King Institute of Preventive Medicine Micro-Biological Section reports 1909-11
Year: 1909
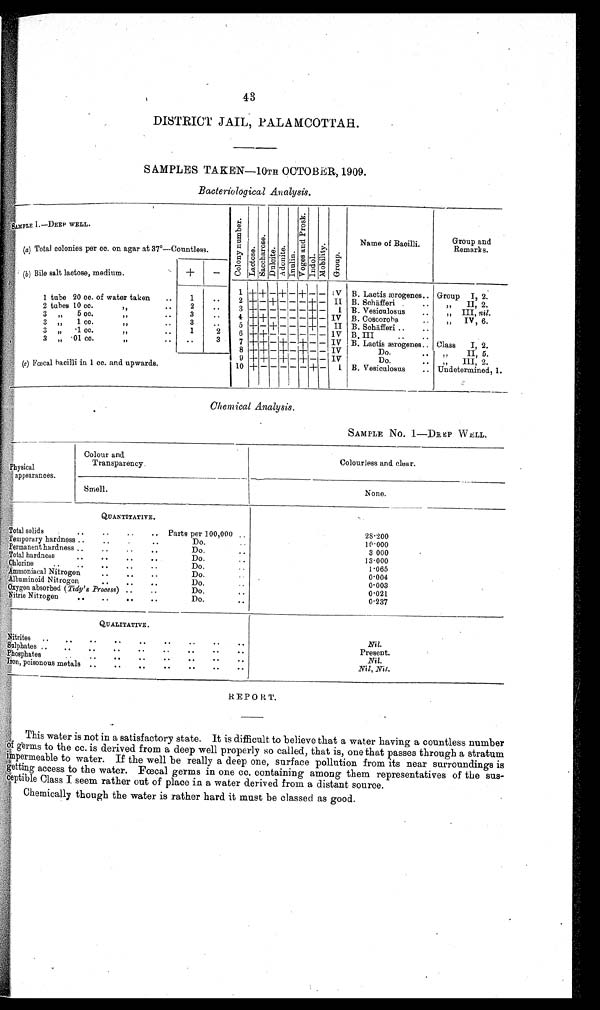
43
DISTRICT JAIL, PALAMCOTTAH.
SAMPLES TAKEN-10TH OCTOBER, 1909.
Bacteriological Analysis.
SAMPLE I.—DEEP WELL.
C o l o n y n u m b e r . L a c t o s e . S a c c h a r o s e . D u l c i t e . A d o n i t e . I nul i n. V o g e s a n d P r o s k . I n d o l .
M o b i l i t y . G r o u p .
Name of Bacilli.
Group and
Remarks.
(a) Total colonies per cc. on agar at 37°—
Countless.
(b) Bile salt lactose, medium.
+ —
1 +
+
— + — + — — IV B. Lactis ærogenes.. Group I, 2.
1 tube 20 cc. of water taken .. 1 • • 2 + — + — — — + — II B. Schäfferi ..
,, II, 2.
2 tubes 10 cc.
,,
.. 2 • • 3 + — — — — —
+ — I B. Vesiculosus • . „ III, nil.
3 „ 5 cc.
,,
.. 3 • •
4 + + — — — — + — IV B. Coscoroba.
, , I V , 6 .
3 „ 1 cc.
,,
, , 3 • • 5 +
—
+ — — — + — II B. Schäfferi.. ..
3 „ •
1 cc.
,,
.. 1
2 6 +
+
— — — — — —
I V B. III .. ..
3 , , • 01 cc.
,,
• • ..
3 7 + +
—
+ — + — — IV B. Lactis ærogenes.. Class I, 2.
8 + + — + — + — — IV
Do. • • ,, II, 5.
9 + + — + — + — — IV
Do.
III, 2.
(c) Fœcal bacilli in 1 cc. and upwards.
10 +
— —
I B. Vesieulosus ..
— — —
+ —
Undetermined, 1.
Chemical Analysis.
SAMPLE No. 1—DEEP WELL.
physical.
appearances.
Colour and
Transparency.
Colourless and clear.
Smell.
None.
QUANTITATIVE.
Total solids
_ ..
.. Parts per 100,000 ..
28·200
Temporary hardness .. ..
..
Do.
. .
10·000
Permanent hardness .. .. .. ..
Do. . .
3 000
Total hardness
..
. .
Do.
..
13·000
Chlorine .. •
•
Do.
. .
1·065
Ammoniacal Nitrogen..
D o . . .
0·004
Albuminoid Nitrogen . .
. .
Do.
..
0·003
Oxygen absorbed (Tidy's Process) .. ..
Do.
..
0·021
Nitric Nitrogen ..
Do.
..
0·237
QUALITATIVE.
Nitrites .. .. .. .. .. .. ..
. .
Nil.
Sulphates .. .. .. .. .. .. .. ..
. .
Present.
Phosphates
.. .. .. .. .. .. ..
. .
Nil.
Iron, poisonous metals .. .. .. .. .. • .. . .
Nil, Nil.
REPORT.
This water is not in a satisfactory state. It is difficult to believe that a water having a countless number
of germs to the cc. is derived from a deep well properly so called, that is, one that passes through a stratum
impermeable to water. If the well be really a deep one, surface pollution from its near surroundings is
getting access to the water. Fœcal germs in one cc. containing among them representatives of the sus-
ceptible Class I seem rather out of place in a water derived from a distant source.
Chemically though the water is rather hard it must be classed as good.